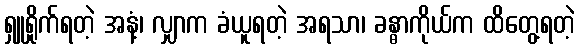
ရှူရှိုက်ရတဲ့ အနံ့၊ လျှာက ခံယူရတဲ့ အရသာ၊ ခန္ဓာကိုယ်က ထိတွေ့ရတဲ့